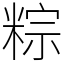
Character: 粽